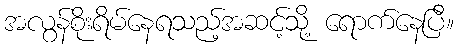
အလွန်စိုးရိမ်နေရသည့်အဆင့်သို့ ရောက်နေပြီ။